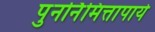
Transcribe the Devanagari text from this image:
पुनर्निमित्तापाये